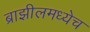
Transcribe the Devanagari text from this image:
ब्राझीलमध्येच